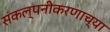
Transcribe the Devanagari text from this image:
संकल्पनीकरणाच्या